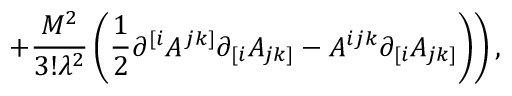
\left. + \frac { M ^ { 2 } } { 3 ! \lambda ^ { 2 } } \left( \frac 1 2 \partial ^ { [ i } A ^ { j k ] } \partial _ { [ i } A _ { j k ] } - A ^ { i j k } \partial _ { [ i } A _ { j k ] } \right) \right) ,